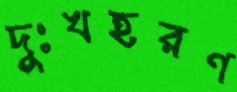
দুঃখহরণ